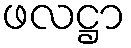
ဖလဋ္ဌာ